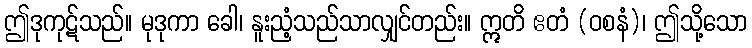
ဤဒုကုဋ်သည်။ မုဒုကာ ခေါ၊ နူးညံ့သည်သာလျှင်တည်း။ ဣတိ ဧတံ (ဝစနံ)၊ ဤသို့သော